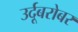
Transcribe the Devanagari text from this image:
उर्दूबरोबर